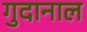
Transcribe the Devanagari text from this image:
गुदानाल